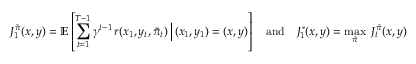
J _ { 1 } ^ { \tilde { \boldsymbol { \pi } } } ( x , y ) = \mathbb { E } \left[ \sum _ { t = 1 } ^ { T - 1 } \gamma ^ { t - 1 } \, r ( x _ { 1 } , y _ { t } , \tilde { \pi } _ { t } ) \, \Bigr | \, ( x _ { 1 } , y _ { 1 } ) = ( x , y ) \right] \quad \mathrm { a n d } \quad J _ { 1 } ^ { * } ( x , y ) = \operatorname* { m a x } _ { \tilde { \boldsymbol { \pi } } } \; J _ { t } ^ { \tilde { \boldsymbol { \pi } } } ( x , y )